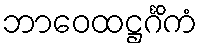
ဘာဝေထဋ္ဌင်္ဂိကံ